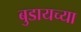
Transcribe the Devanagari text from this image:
बुडायच्या